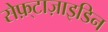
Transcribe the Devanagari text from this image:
सेफ़्टाज़ाइडिन